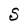
Character: S